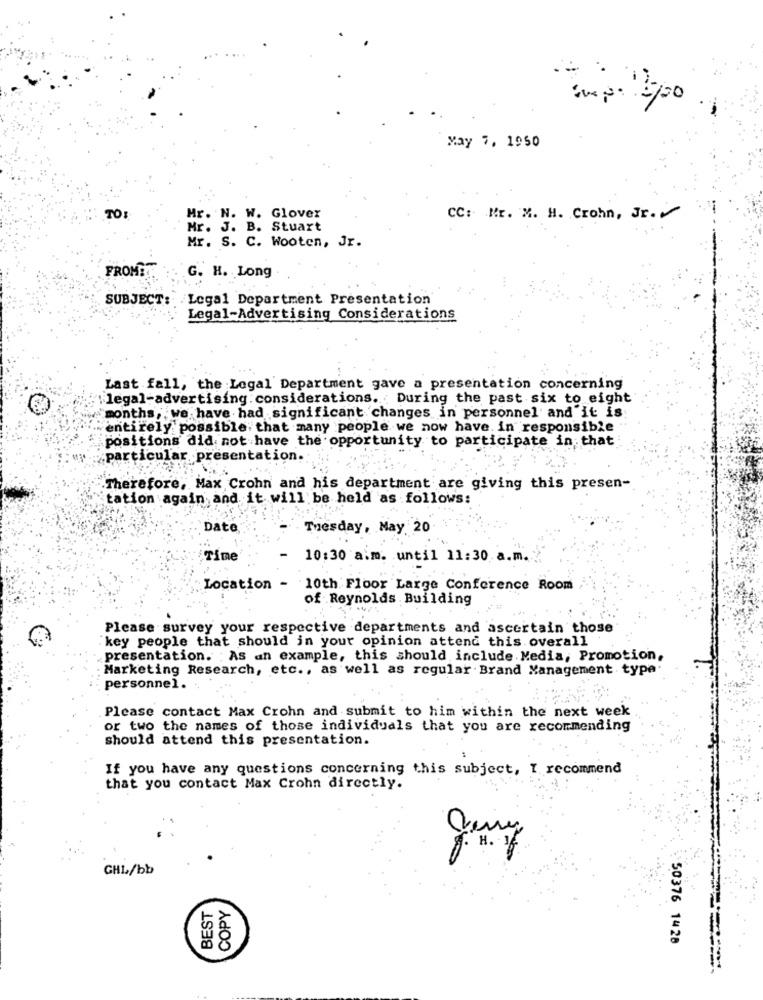
May 7, 1950
TO:
Hr. N. W. Glover
CC: Mr. X. H. Crohn, Jr.
Mr. J. B. Stuart
Mr. S. C. Wooten, Jr.
FROMET
G. H. Long
SUBJECT: Legal Department Presentation
Legal-Advertising Considerations
Last fall, the Legal Department gave a presentation concerning
legal-advertising. considerations. During the past six to eight
months, we have had significant changes in personnel and it is
entirely possible that many people we now have. in responsible
positions did not have the opportunity to participate in that
particular. presentation.
Therefore, Max Crohn and his department are giving this presen-
tation again and it will be held as follows:
Date
Tuesday, May 20
Time
10:30 a.m. until 11:30 a.m.
Location - 10th Floor Large Conference Room
of Reynolds Building
Please survey your respective departments and ascertain those
key people that should in your opinion attend this overall
presentation. : As an example, this should include Media, Promotion,
Marketing Research, etc ., as well as regular Brand Management type
personnel.
Please contact Max Crohn and submit to him within the next week
or two the names of those individuals that you are recommending
should attend this presentation.
If you have any questions concerning this subject, I recommend
that you contact Max Crohn directly.
H.
GHL/bb
BEST
COPY
50376 1428